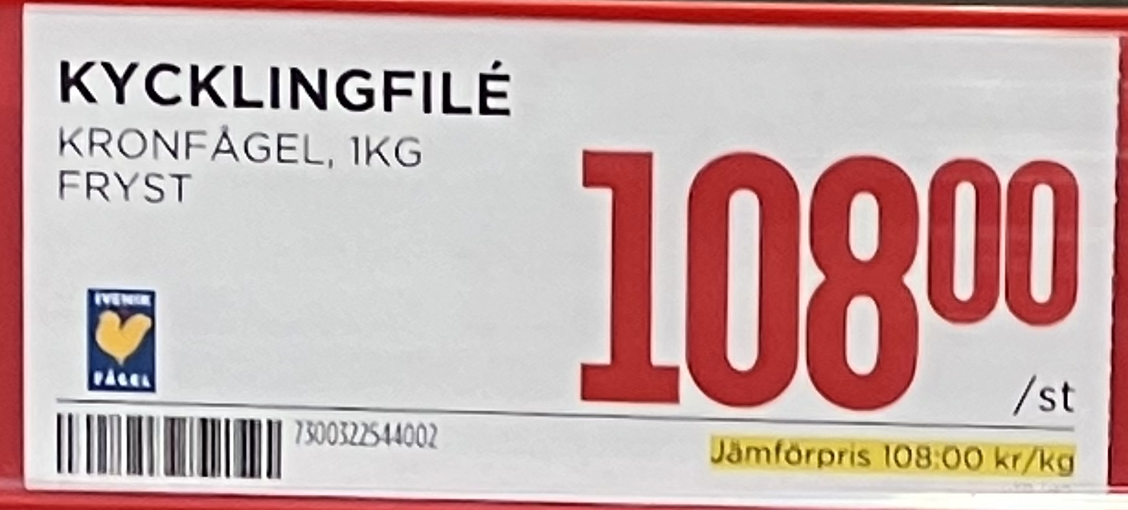
Vara: Kycklingfilé
Genomsnittspris: 108 per kg